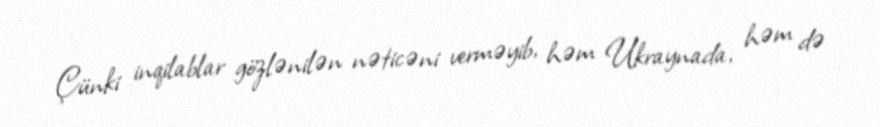
Çünki inqilablar gözlənilən nəticəni verməyib, həm Ukraynada, həm də